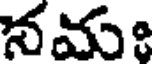
నమః